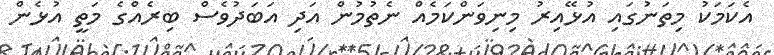
އެކަމަކު މިތަނުގައި އުޅޭއިރު މިނިވަންކަމެއް ނެތުމުން އަދި އަބަދުވެސް ބިރެއްގެ މަތީ އުޅެން